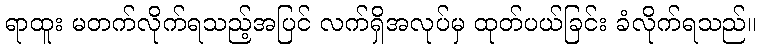
ရာထူး မတက်လိုက်ရသည့်အပြင် လက်ရှိအလုပ်မှ ထုတ်ပယ်ခြင်း ခံလိုက်ရသည်။